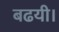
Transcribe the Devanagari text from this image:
बढयी।